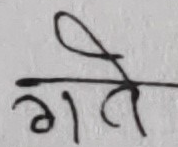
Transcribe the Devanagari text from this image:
गते